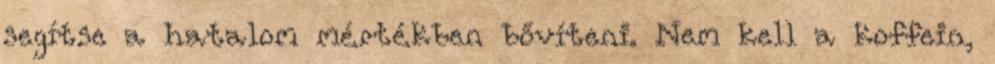
segítse a hatalom mértékben bővíteni. Nem kell a koffein,